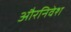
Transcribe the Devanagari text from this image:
औरनिवेश